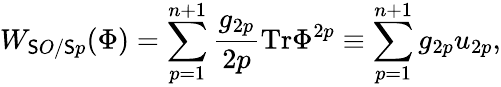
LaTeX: W_{\mathsf{S}O/\mathsf{S}p}(\Phi)=\sum_{p=1}^{n+1}\frac{{g_{2p}}}{{2p}}\mathrm{{Tr}}\Phi^{2p}\equiv\sum_{p=1}^{n+1}g_{2p}u_{2p},